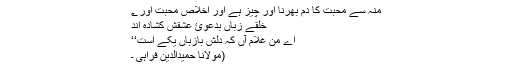
منہ سے محبت کا دم بھرنا اور چیز ہے اور اخلاص محبت اور ؂
خلقے زباں بدعوئ عشقش کشادہ اند
اے من غلام آں کہ دلش بازباں یکے است‘‘
(مولانا حمیدالدین فراہیؒ ۔